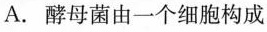
A.酵母菌由一个细胞构成